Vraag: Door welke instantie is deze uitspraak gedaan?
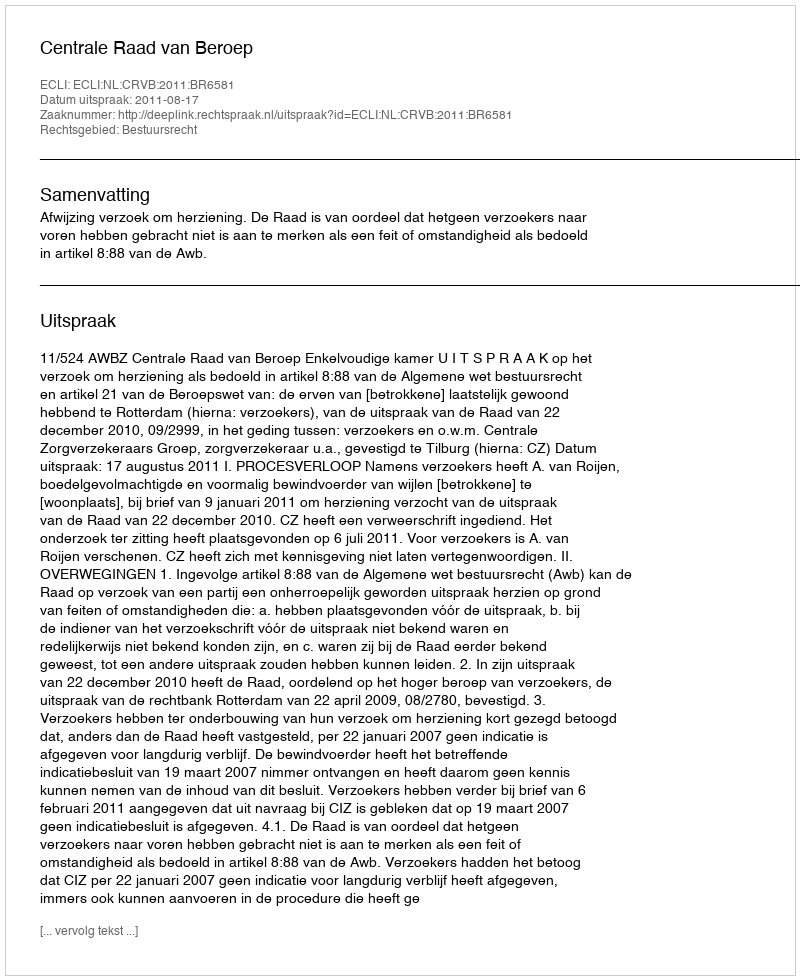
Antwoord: Centrale Raad van Beroep